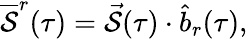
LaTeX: \overline{{{\cal S}}}^{r}(\tau)=\vec{\cal S}(\tau)\cdot\hat{b}_{r}(\tau),